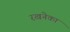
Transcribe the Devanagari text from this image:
रखनेका